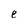
Character: e